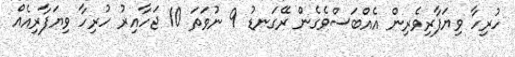
ހުރިހާ ވިޔަފާރިވެރިން އެއްބަސްވެގެން ރޭގަނޑު 9 ނުވަތަ 10 ޖަހާއިރު ހުރިހާ ވިޔަފާރިއެއް